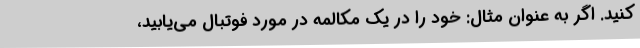
کنید. اگر به عنوان مثال: خود را در یک مکالمه در مورد فوتبال می‌یابید،